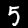
Label: 5